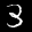
Label: 3